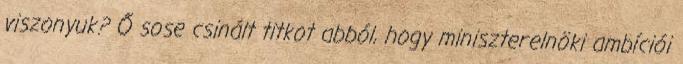
viszonyuk? Ő sose csinált titkot abból, hogy miniszterelnöki ambíciói